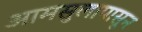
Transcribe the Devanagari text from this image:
आमसुलापासून